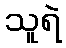
သူရဲ